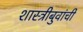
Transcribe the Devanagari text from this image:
शास्त्रीबुवांची